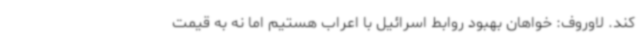
کند. لاوروف: خواهان بهبود روابط اسرائیل با اعراب هستیم اما نه به قیمت